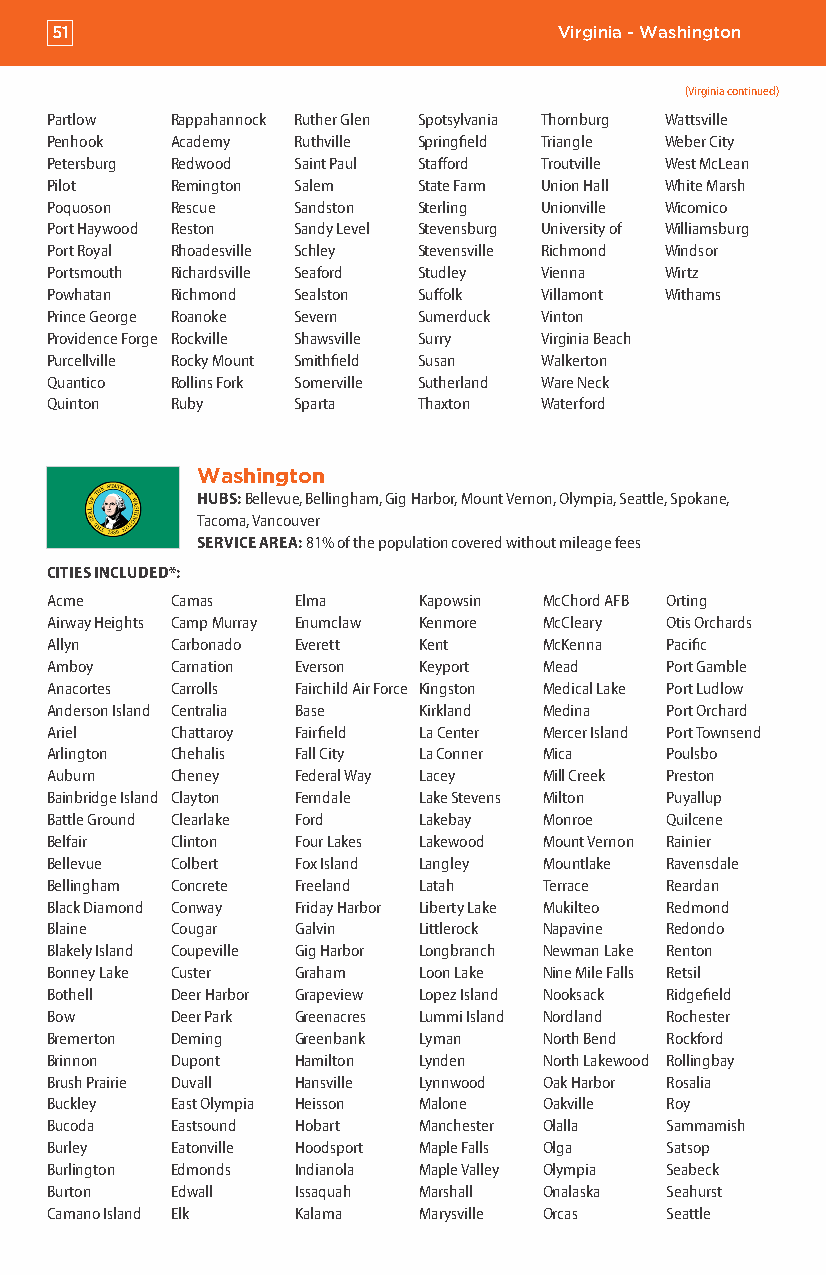
51                                Virginia - Washington
 (Virginia continued)
 Partlow Rappahannock Ruther Glen Spotsylvania Thornburg Wattsville
 Penhook Academy Ruthville Springfield Triangle Weber City
 Petersburg Redwood Saint Paul Stafford Troutville West McLean
 Pilot   Remington Salem  State Farm Union Hall White Marsh
 Poquoson Rescue Sandston Sterling Unionville Wicomico
 Port Haywood Reston Sandy Level Stevensburg University of Williamsburg
 Port Royal Rhoadesville Schley Stevensville Richmond Windsor
 Portsmouth Richardsville Seaford Studley Vienna Wirtz
 Powhatan Richmond Sealston Suffolk Villamont Withams
 Prince George Roanoke Severn Sumerduck Vinton
 Providence Forge Rockville Shawsville Surry Virginia Beach
 Purcellville Rocky Mount Smithfield Susan Walkerton
 Quantico Rollins Fork Somerville Sutherland Ware Neck
 Quinton Ruby    Sparta   Thaxton Waterford
 Washington
 HUBS: Bellevue, Bellingham, Gig Harbor, Mount Vernon, Olympia, Seattle, Spokane,
 Tacoma, Vancouver
 SERVICE AREA: 81% of the population covered without mileage fees
 CITIES INCLUDED*:
 Acme    Camas   Elma     Kapowsin McChord AFB Orting
 Airway Heights Camp Murray Enumclaw Kenmore McCleary Otis Orchards
 Allyn   Carbonado Everett Kent   McKenna Pacific
 Amboy   Carnation Everson Keyport Mead   Port Gamble
 Anacortes Carrolls Fairchild Air Force Kingston Medical Lake Port Ludlow
 Anderson Island Centralia Base Kirkland Medina Port Orchard
 Ariel   Chattaroy Fairfield La Center Mercer Island Port Townsend
 Arlington Chehalis Fall City La Conner Mica Poulsbo
 Auburn  Cheney  Federal Way Lacey Mill Creek Preston
 Bainbridge Island Clayton Ferndale Lake Stevens Milton Puyallup
 Battle Ground Clearlake Ford Lakebay Monroe Quilcene
 Belfair Clinton Four Lakes Lakewood Mount Vernon Rainier
 Bellevue Colbert Fox Island Langley Mountlake Ravensdale
 Bellingham Concrete Freeland Latah Terrace Reardan
 Black Diamond Conway Friday Harbor Liberty Lake Mukilteo Redmond
 Blaine  Cougar  Galvin   Littlerock Napavine Redondo
 Blakely Island Coupeville Gig Harbor Longbranch Newman Lake Renton
 Bonney Lake Custer Graham Loon Lake Nine Mile Falls Retsil
 Bothell Deer Harbor Grapeview Lopez Island Nooksack Ridgefield
 Bow     Deer Park Greenacres Lummi Island Nordland Rochester
 Bremerton Deming Greenbank Lyman North Bend Rockford
 Brinnon Dupont  Hamilton Lynden  North Lakewood Rollingbay
 Brush Prairie Duvall Hansville Lynnwood Oak Harbor Rosalia
 Buckley East Olympia Heisson Malone Oakville Roy
 Bucoda  Eastsound Hobart Manchester Olalla Sammamish
 Burley  Eatonville Hoodsport Maple Falls Olga Satsop
 Burlington Edmonds Indianola Maple Valley Olympia Seabeck
 Burton  Edwall  Issaquah Marshall Onalaska Seahurst
 Camano Island Elk Kalama Marysville Orcas Seattle